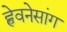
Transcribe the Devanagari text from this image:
ह्वेवनेसांग